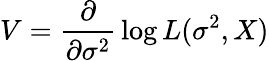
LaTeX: V={\frac{\partial}{\partial\sigma^{2}}}\log L(\sigma^{2},X)